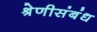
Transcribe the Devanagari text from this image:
श्रेणीसंबंध